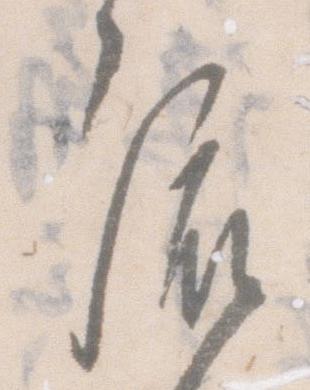
流